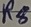
Text: R8